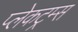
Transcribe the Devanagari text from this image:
प्लेकट्रम्स